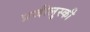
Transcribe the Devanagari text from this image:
प्रजीलुस्की